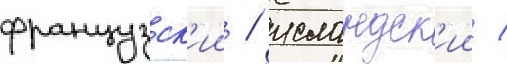
французск'ии / исландск'ии /